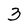
Character: 3